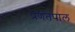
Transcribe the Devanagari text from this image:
प्रणतपाल